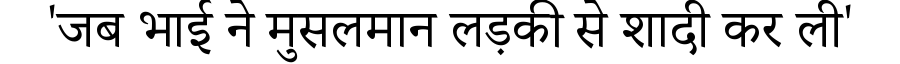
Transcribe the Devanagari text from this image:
'जब भाई ने मुसलमान लड़की से शादी कर ली'